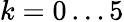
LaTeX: k=0\dots 5